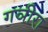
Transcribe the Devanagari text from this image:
गञीरा